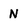
Character: N